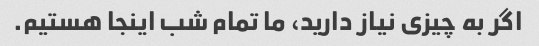
اگر به چیزی نیاز دارید، ما تمام شب اینجا هستیم.